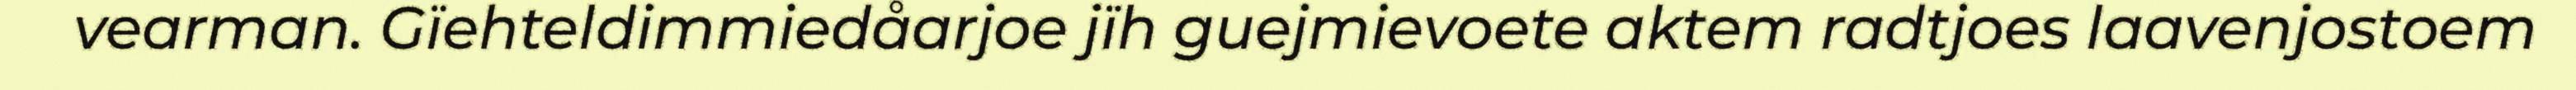
vearman. Gïehteldimmiedåarjoe jïh guejmievoete aktem radtjoes laavenjostoem